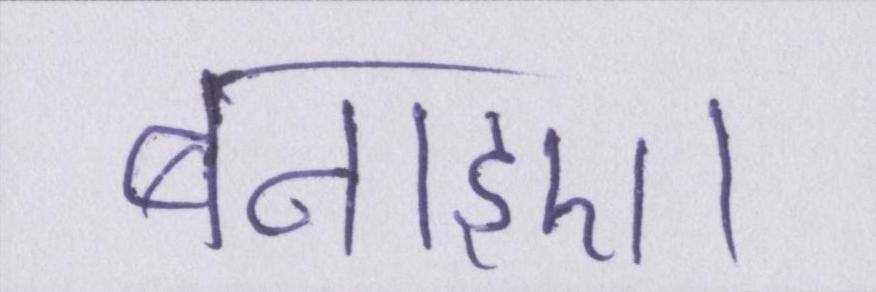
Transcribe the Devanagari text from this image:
बनाइए।